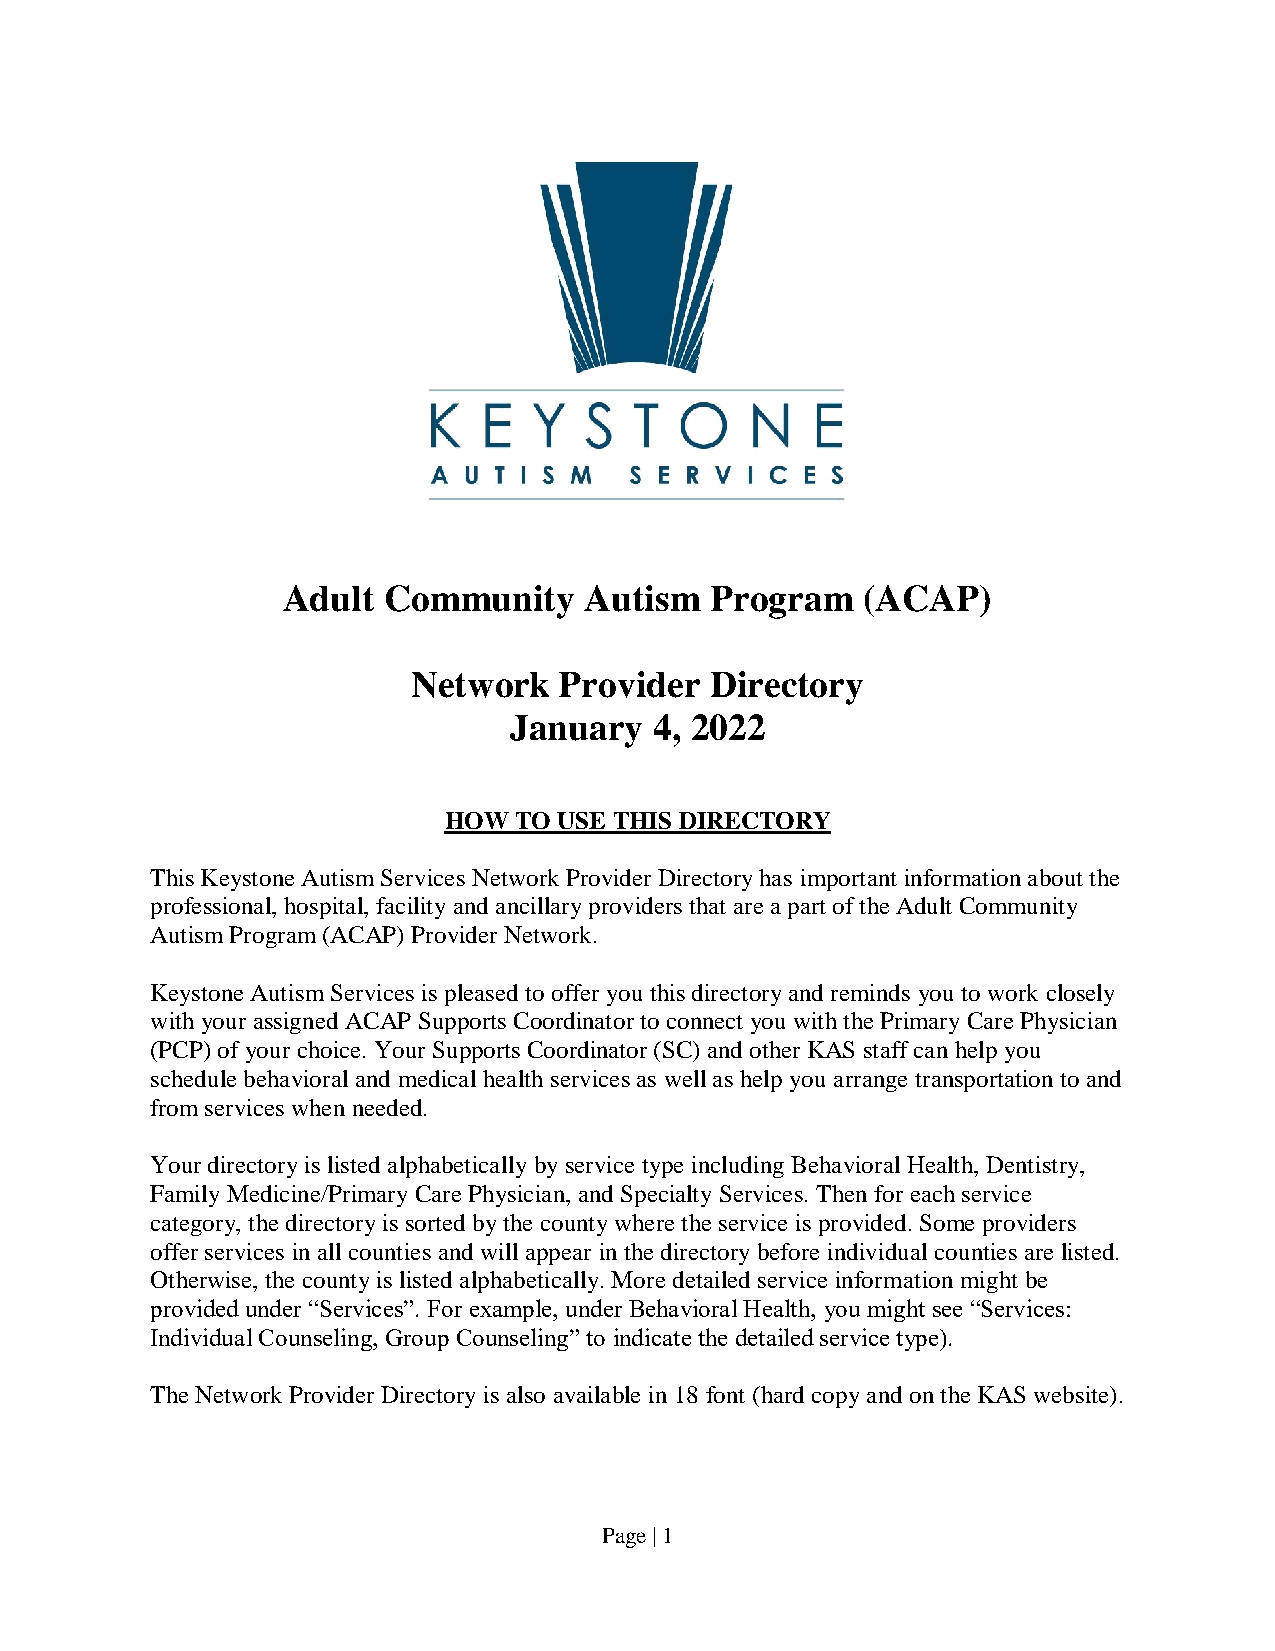
Adult Community     Autism  Program   (ACAP)
 Network   Provider  Directory
 January  4, 2022
 HOW  TO USE THIS DIRECTORY
 This Keystone Autism Services Network Provider Directory has important information about the
 professional, hospital, facility and ancillary providers that are a part of the Adult Community
 Autism Program (ACAP) Provider Network.
 Keystone Autism Services is pleased to offer you this directory and reminds you to work closely
 with your assigned ACAP Supports Coordinator to connect you with the Primary Care Physician
 (PCP) of your choice. Your Supports Coordinator (SC) and other KAS staff can help you
 schedule behavioral and medical health services as well as help you arrange transportation to and
 from services when needed.
 Your directory is listed alphabetically by service type including Behavioral Health, Dentistry,
 Family Medicine/Primary Care Physician, and Specialty Services. Then for each service
 category, the directory is sorted by the county where the service is provided. Some providers
 offer services in all counties and will appear in the directory before individual counties are listed.
 Otherwise, the county is listed alphabetically. More detailed service information might be
 provided under “Services”. For example, under Behavioral Health, you might see “Services:
 Individual Counseling, Group Counseling” to indicate the detailed service type).
 The Network Provider Directory is also available in 18 font (hard copy and on the KAS website).
 Page | 1